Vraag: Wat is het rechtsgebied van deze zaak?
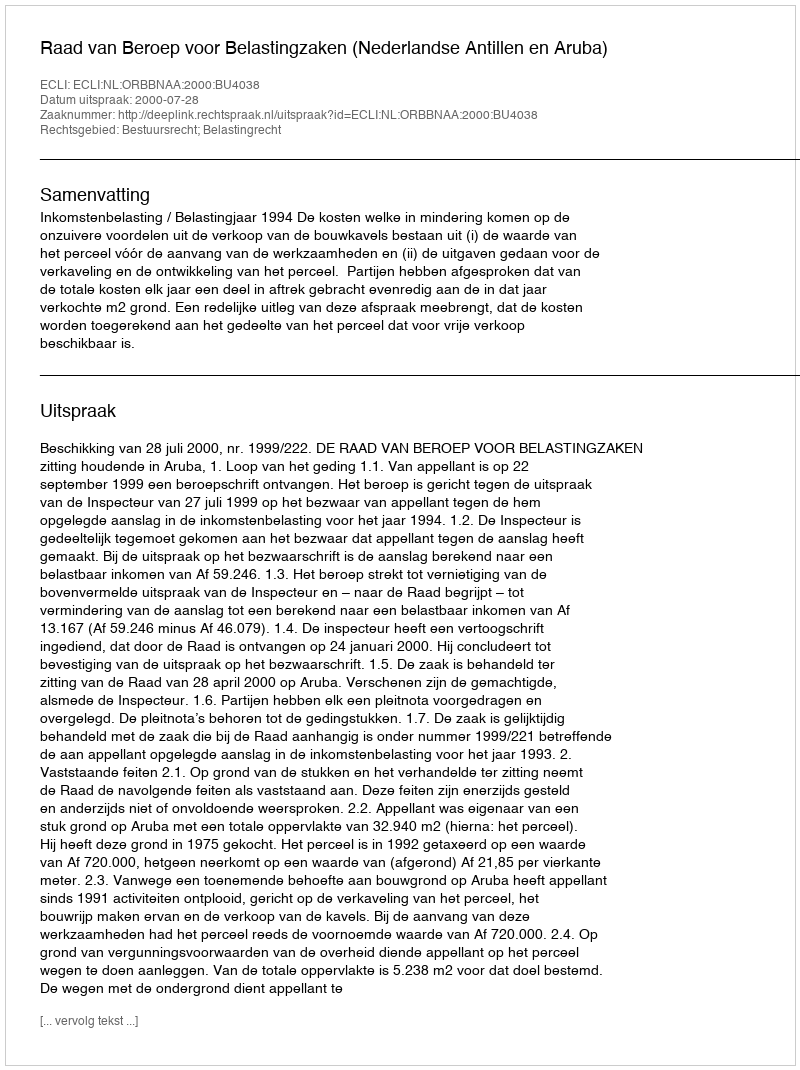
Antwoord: Bestuursrecht; Belastingrecht